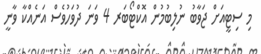
މި ސިޓީއަށް ޖަވާބު ނުލިބުމުން އޮކްޓޯބަރ 4 ވަނަ ދުވަހުވެސް އަނެއްކާ ވާނީ